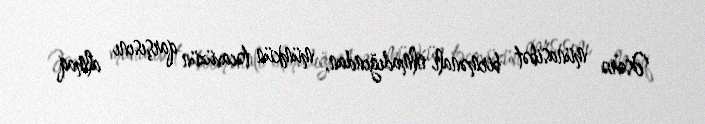
Əsərə münasibət birmənalı olmadığından, mümkün təcavüzün qarşısını almaq